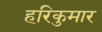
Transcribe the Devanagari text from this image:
हरिकुमार